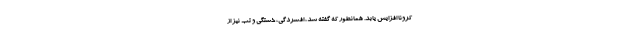
کرونا افزایش یابد. همانطور که گفته شد، افسردگی، خستگی و تب نیز از